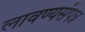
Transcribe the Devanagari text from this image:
लावण्यसंपन्न